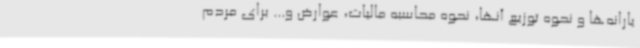
یارانه‌ها و نحوه توزیع آنها، نحوه محاسبه مالیات، عوارض و... برای مردم